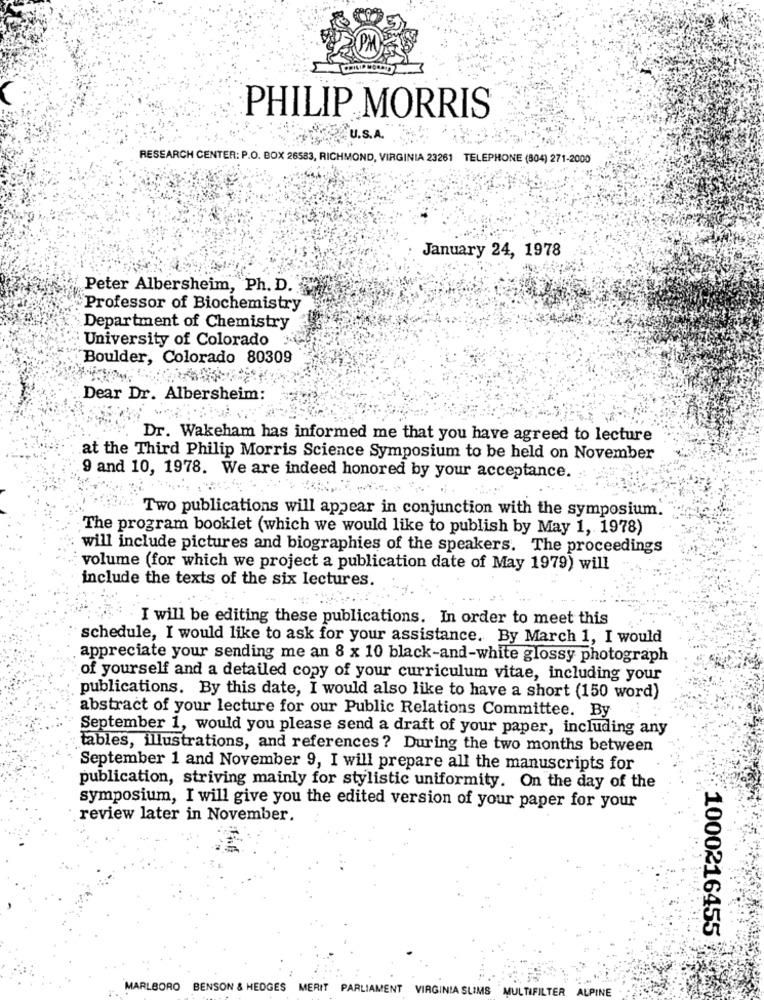
PHILIP MORRIS
U.S.A.
RESEARCH CENTER: P.O. BOX 26583, RICHMOND, VIRGINIA 23261 TELEPHONE (804) 271-2000
January 24, 1978
Peter Albersheim, Ph. D.
Professor of Biochemistry
Department of Chemistry
University of Colorado
Boulder, Colorado 80309
Dear Dr. Albersheim:
Dr. Wakeham has informed me that you have agreed to lecture
at the Third Philip Morris Science Symposium to be held on November
9 and 10, 1978. We are indeed honored by your acceptance.
Two publications will appear in conjunction with the symposium.
The program booklet (which we would like to publish by May 1, 1978)
will include pictures and biographies of the speakers. The proceedings
volume (for which we project a publication date of May 1979) will
include the texts of the six lectures.
I will be editing these publications. In order to meet this
schedule, I would like to ask for your assistance. By March 1, I would
appreciate your sending me an 8 x 10 black-and-white glossy photograph
of yourself and a detailed copy of your curriculum vitae, including your
publications. By this date, I would also like to have a short (150 word)
abstract of your lecture for our Public Relations Committee. By
September 1, would you please send a draft of your paper, including any
tables, illustrations, and references ? During the two months between
September 1 and November 9, I will prepare all the manuscripts for
publication, striving mainly for stylistic uniformity. On the day of the
symposium, I will give you the edited version of your paper for your
review later in November.
1000216455
MARLBORO BENSON & HEDGES MERIT PARLIAMENT VIRGINIA SLIMS
MULTIFILTER ALPINE